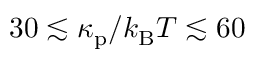
3 0 \lesssim \kappa _ { \mathrm { p } } / k _ { \mathrm { B } } T \lesssim 6 0